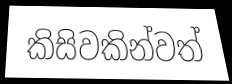
කිසිවකින්වත්